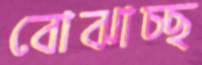
বোঝাচ্ছ